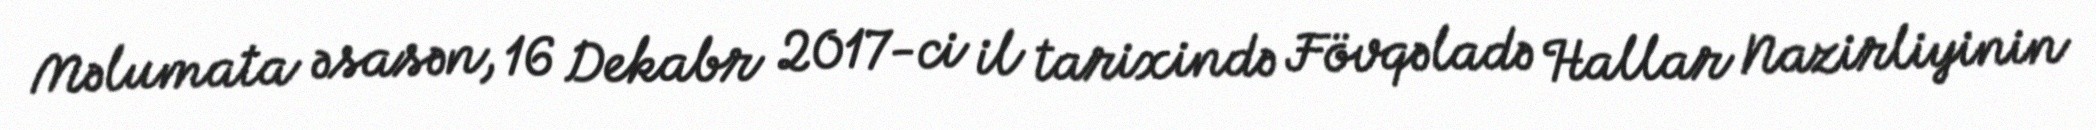
Məlumata əsasən, 16 Dekabr 2017-ci il tarixində Fövqəladə Hallar Nazirliyinin